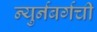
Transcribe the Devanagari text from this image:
न्युर्नबर्गची